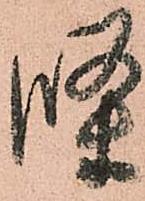
條